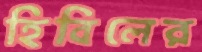
হিবিলের